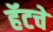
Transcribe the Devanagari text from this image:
हॅटचे